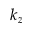
k _ { z }